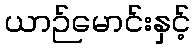
ယာဉ်မောင်းနှင့်